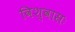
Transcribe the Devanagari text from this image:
विश्वासः